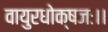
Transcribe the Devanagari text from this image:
वायुरधोक्षजः।।